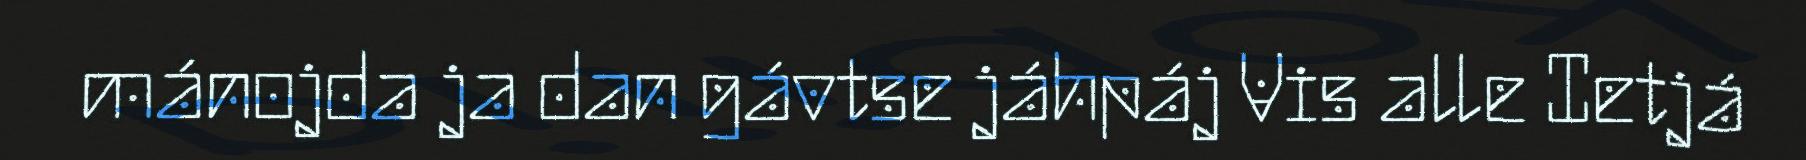
mánojda ja dan gávtse jáhpáj Vis alle Ietjá